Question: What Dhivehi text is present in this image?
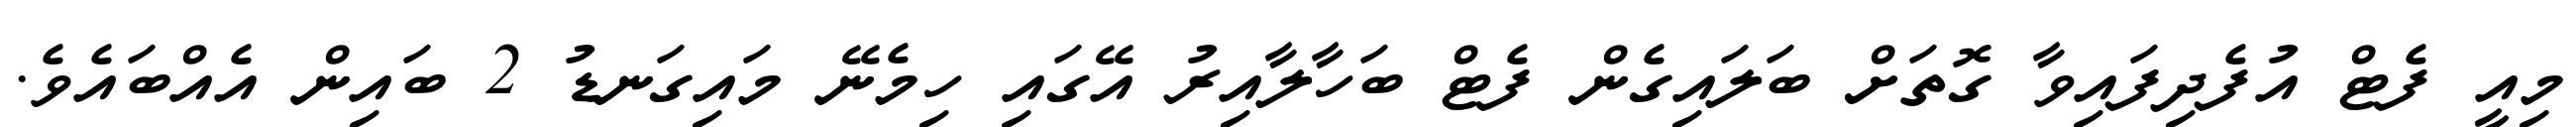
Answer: މިއީ ފެޓް އުފެދިފައިވާ ގޮތަށް ބަލައިގެން ފެޓް ބަހާލާއިރު އޭގައި ހިމެނޭ މައިގަނޑު 2 ބައިން އެއްބައެވެ.